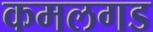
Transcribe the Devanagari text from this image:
कमलगड